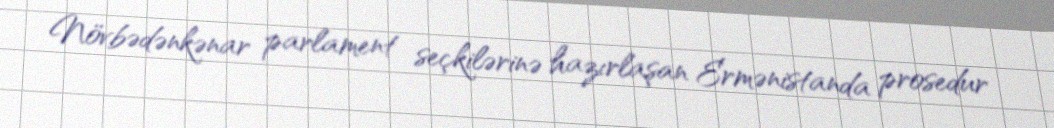
Növbədənkənar parlament seçkilərinə hazırlaşan Ermənistanda prosedur